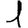
Digit: 1